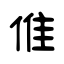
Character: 倠